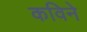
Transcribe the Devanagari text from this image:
कविने